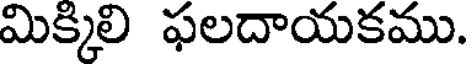
మిక్కిలి ఫలదాయకము.